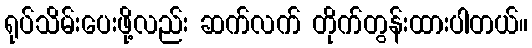
ရုပ်သိမ်းပေးဖို့လည်း ဆက်လက် တိုက်တွန်းထားပါတယ်။